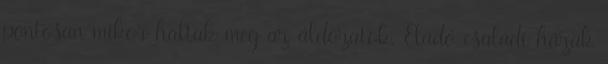
pontosan mikor haltak meg az áldozatok. Eladó családi házak